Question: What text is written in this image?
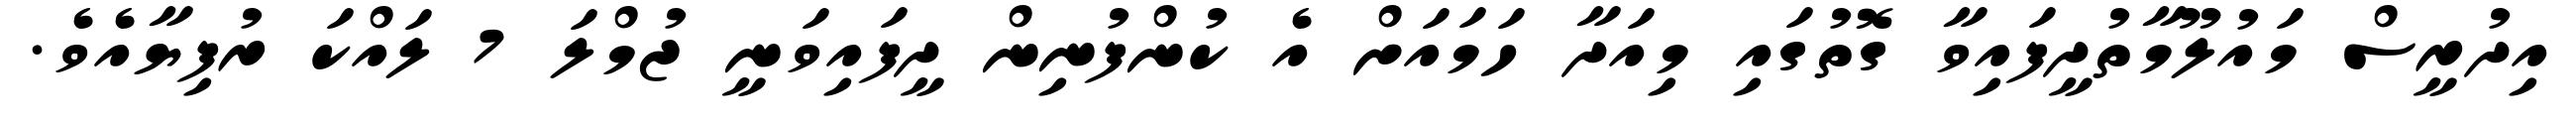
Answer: އިދުރީސް މައުލޫމާތުދީފައިވާ ގޮތުގައި މިއަދާ ހަމައަށް އެ ކުންފުނިން ދީފައިވަނީ ޖުމްލަ 7 ލައްކަ ރުފިޔާއެވެ.